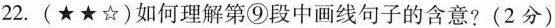
22.(★★☆)如何理解第⑨段中画线句子的含意？（2分）